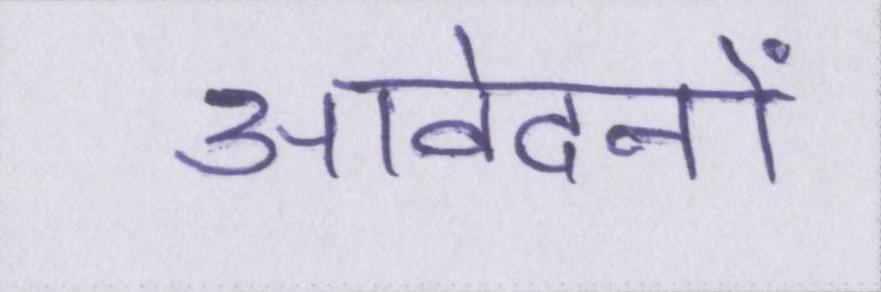
आवेदनों